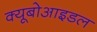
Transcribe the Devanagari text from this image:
क्यूबोआइडल